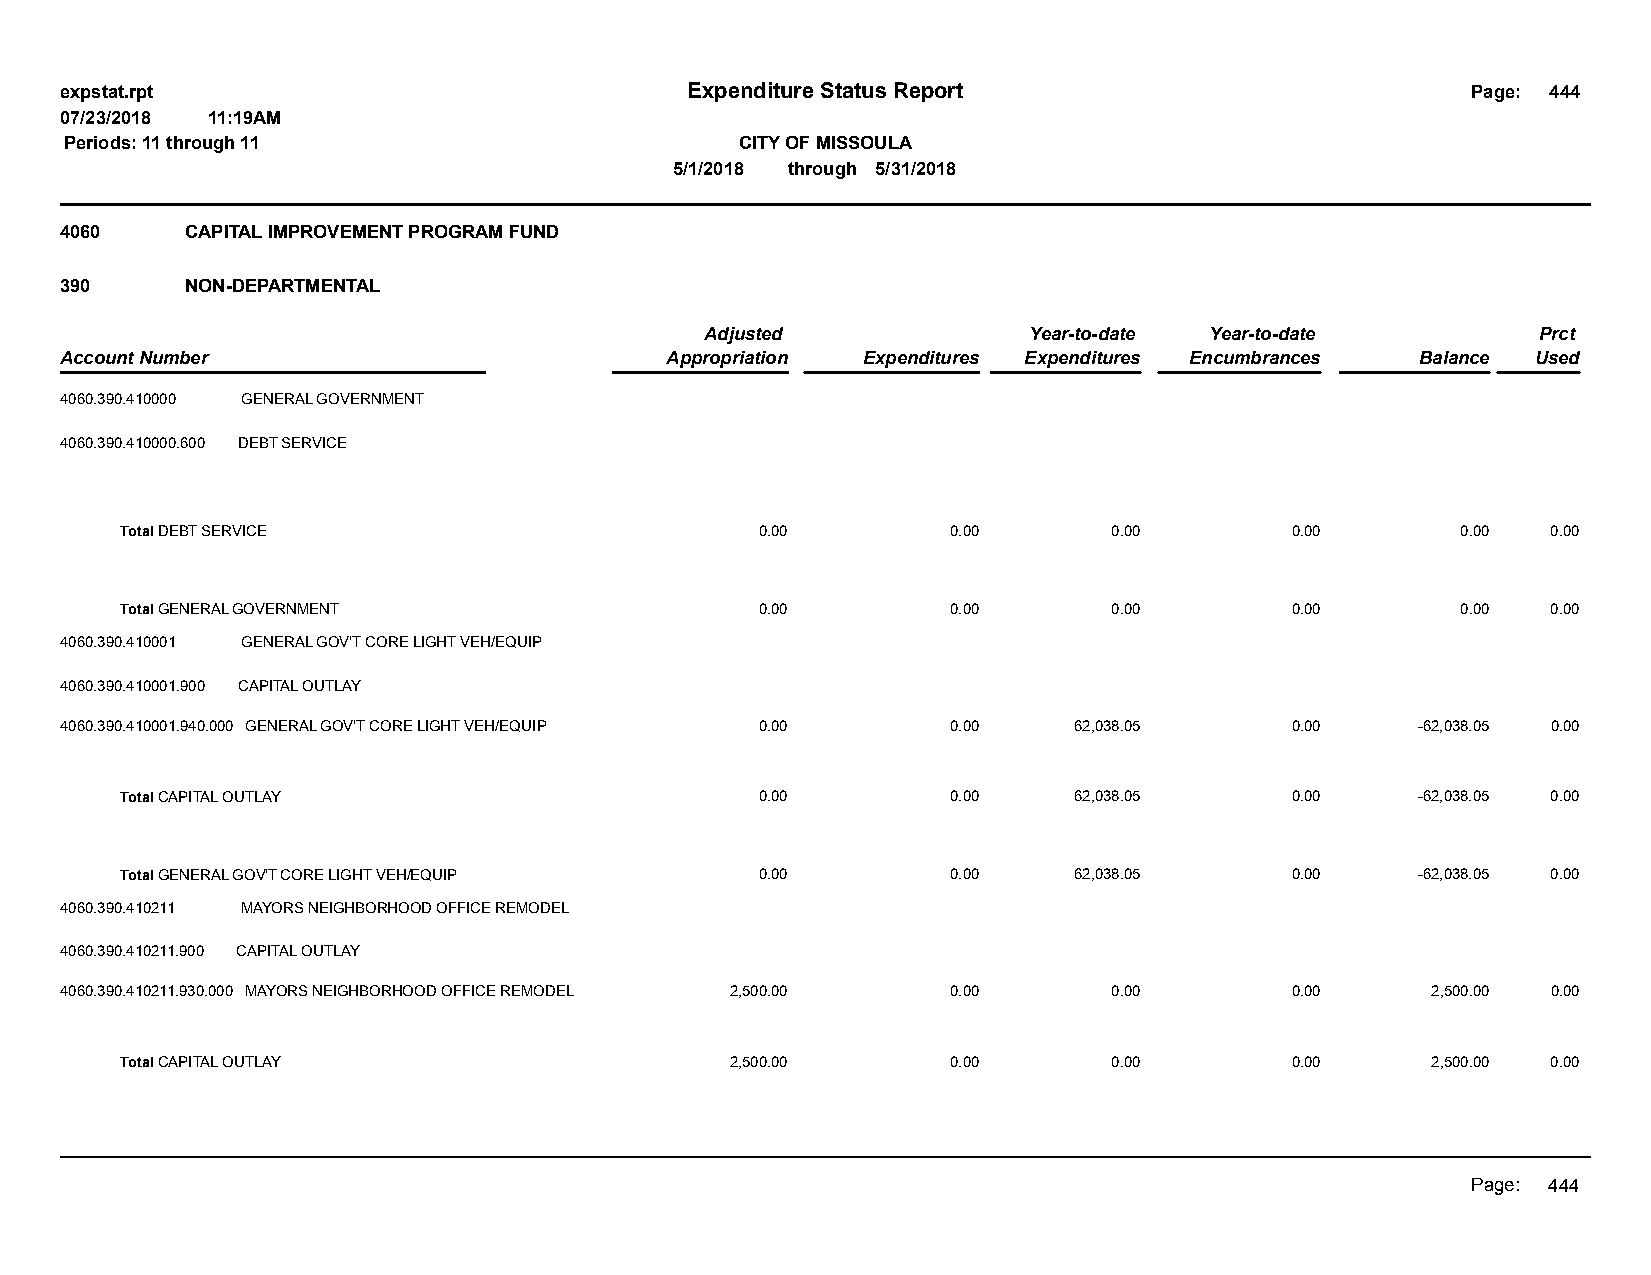
expstat.rpt                              Expenditure Status Report                           Page: 444
 07/23/2018 11:19AM
 Periods: 11 through 11                       CITY OF MISSOULA
 5/1/2018 through 5/31/2018
 4060    CAPITAL IMPROVEMENT PROGRAM FUND
 390     NON-DEPARTMENTAL
 Adjusted             Year-to-date Year-to-date         Prct
 Account Number                          Appropriation Expenditures Expenditures Encumbrances Balance Used
 4060.390.410000 GENERAL GOVERNMENT
 4060.390.410000.600 DEBT SERVICE
 Total DEBT SERVICE                        0.00         0.00       0.00       0.00        0.00  0.00
 Total GENERAL GOVERNMENT                  0.00         0.00       0.00       0.00        0.00  0.00
 4060.390.410001 GENERAL GOV'T CORE LIGHT VEH/EQUIP
 4060.390.410001.900 CAPITAL OUTLAY
 4060.390.410001.940.000 GENERAL GOV'T CORE LIGHT VEH/EQUIP 0.00 0.00 62,038.05   0.00     -62,038.05 0.00
 Total CAPITAL OUTLAY                      0.00         0.00    62,038.05     0.00     -62,038.05 0.00
 Total GENERAL GOV'T CORE LIGHT VEH/EQUIP  0.00         0.00    62,038.05     0.00     -62,038.05 0.00
 4060.390.410211 MAYORS NEIGHBORHOOD OFFICE REMODEL
 4060.390.410211.900 CAPITAL OUTLAY
 4060.390.410211.930.000 MAYORS NEIGHBORHOOD OFFICE REMODEL 2,500.00 0.00 0.00    0.00      2,500.00 0.00
 Total CAPITAL OUTLAY                    2,500.00       0.00       0.00       0.00      2,500.00 0.00
 Page: 444